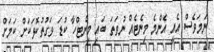
ނަމަވެސް އެއީ އެންމެ މިނެޓެއް ނުވަތަ ބައި މިނެޓްހާ ކުޑަ ވަގުތުކޮޅަކަށް ކަމަށް